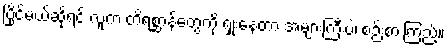
ပြိုင်မယ်ဆိုရင် လူက တိရစ္ဆာန်တွေကို ရှုံးနေတာ အများကြီးပဲ၊ စဉ်းစားကြည့်။